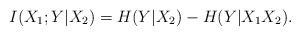
\begin{align*}I(X_1;Y|X_2)=H(Y|X_2)-H(Y|X_1X_2).\end{align*}